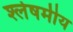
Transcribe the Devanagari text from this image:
श्लेषमीय